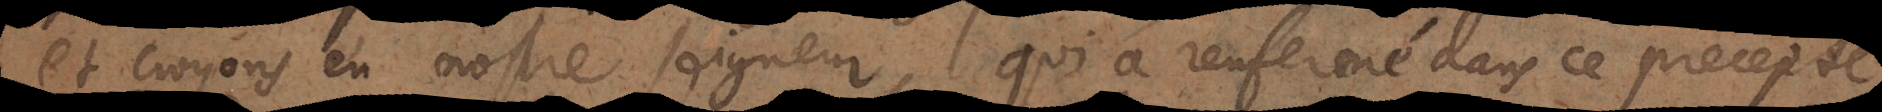
et croyons en nostre seigneur qui a renfermé dans ce precepte